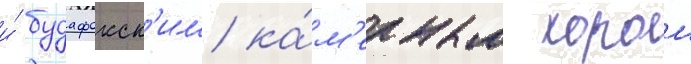
и́ будафокск'им ка́м'ерным хором